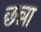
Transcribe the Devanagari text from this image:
छन्ना